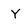
Character: Y